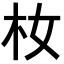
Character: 𪱴